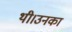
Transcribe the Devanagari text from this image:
थी।उनका